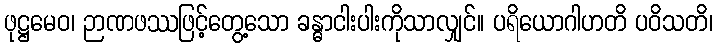
ဖုဋ္ဌမေဝ၊ ဉာဏဖဿဖြင့်တွေ့သော ခန္ဓာငါးပါးကိုသာလျှင်။ ပရိယောဂါဟတိ ပဝိသတိ၊